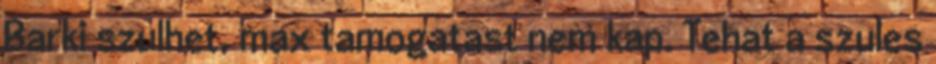
Barki szulhet, max tamogatast nem kap. Tehat a szules